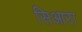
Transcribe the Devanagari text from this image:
सिआरा